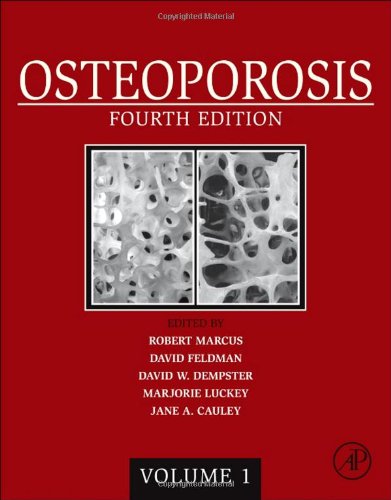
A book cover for Osteoporosis, Fourth Edition: Two-Volume Set; Health, Fitness & Dieting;